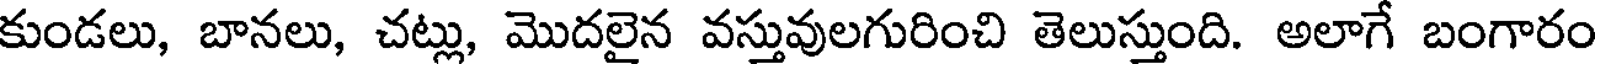
కుండలు, బానలు, చట్లు, మొదలైన వస్తువులగురించి తెలుస్తుంది. అలాగే బంగారం